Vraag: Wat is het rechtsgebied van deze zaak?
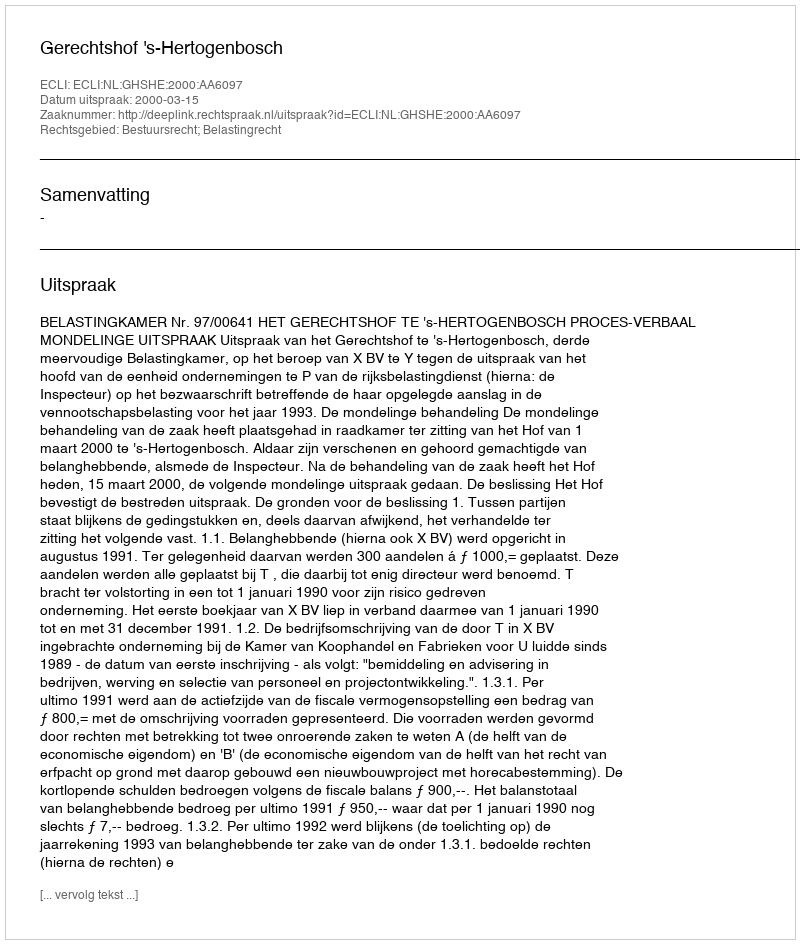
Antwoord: Bestuursrecht; Belastingrecht